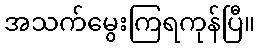
အသက်မွေးကြရကုန်ပြီ။